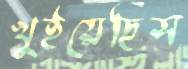
খুইয়েছিস